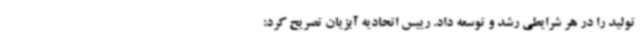
تولید را در هر شرایطی رشد و توسعه داد. رییس اتحادیه آبزیان تصریح کرد: